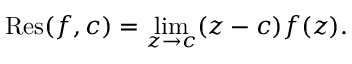
\operatorname { R e s } ( f , c ) = \operatorname* { l i m } _ { z \to c } ( z - c ) f ( z ) .